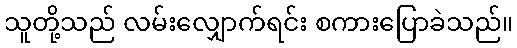
သူတို့သည် လမ်းလျှောက်ရင်း စကားပြောခဲသည်။